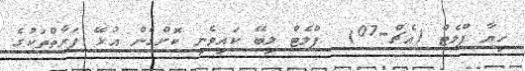
ހިޔާ ފްލެޓް (އެޗް-07)  ފްލެޓް ލިބޭ ކައިވެނި ކޮށްގެން އުޅޭ ފަރާތްތަކުގެ